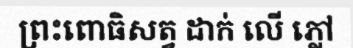
ព្រះពោធិសត្វ ដាក់ លើ ភ្លៅ